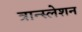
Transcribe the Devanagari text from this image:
त्रान्स्लेशन